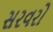
સરવરો